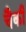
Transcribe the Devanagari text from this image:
चैकी